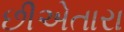
છીએતારા